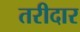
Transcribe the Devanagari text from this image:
तरीदार